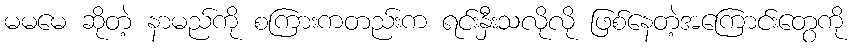
မမမေ ဆိုတဲ့ နာမည်ကို စကြားကတည်းက ရင်းနှီးသလိုလို ဖြစ်နေတဲ့အကြောင်းတွေကို